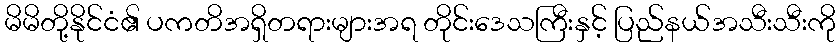
မိမိတို့နိုင်ငံ၏ ပကတိအရှိတရားများအရ တိုင်းဒေသကြီးနှင့် ပြည်နယ်အသီးသီးကို